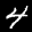
Label: 4